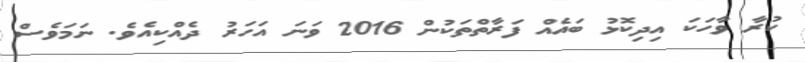
ކުރާ ވާހަކަ އިދިކޮޅު ބައެއް ފަރާތްތަކުން 2016 ވަނަ އަހަރު ދެއްކިއެވެ. ނަމަވެސް